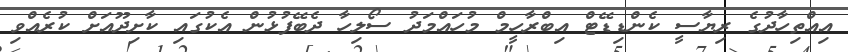
އިއްތިހާދުގެ ރިޔާސީ ކެންޑިޑޭޓް އިބްރާހީމް މުހައްމަދު ސޯލިހާ ދެބޭފުޅުން އެކުގައި ކާށިދޫއަށް ކުރެއްވި